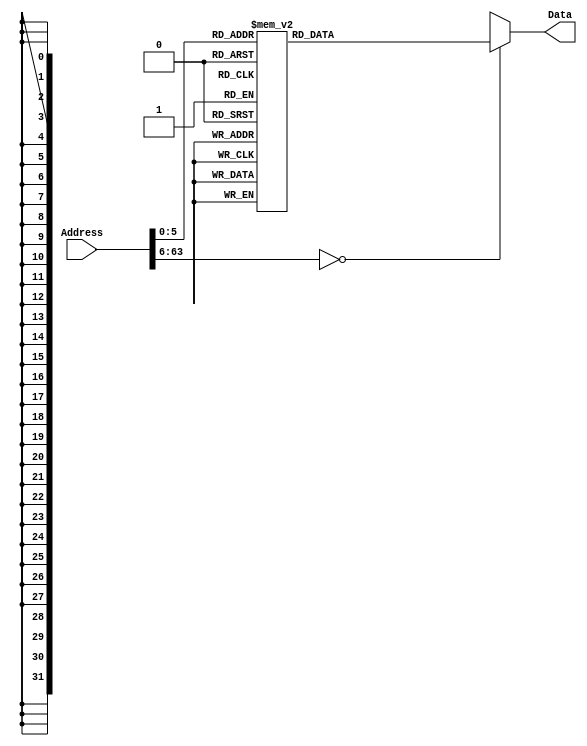
`timescale 1ns / 1ps
/*
 * Module: InstructionMemory
 *
 * Implements read-only instruction memory
 *
 */
module InstructionMemory(Data, Address);
    output [31:0] Data;
    input [63:0]  Address;
    reg [31:0] 	 Data;

    /*
    * ECEN 350 Processor Test Functions
    * Texas A&M University
    */

    always @ (Address) begin
        case(Address)
        /* Test Program 1:
         * Program loads constants from the data memory. Uses these constants to test
         * the following instructions: LDUR, ORR, AND, CBZ, ADD, SUB, STUR and B.
         *
         * Assembly code for test:
         *
         * 0x00: ORR  X20, XZR, XZR     //Create a base memory address
         * 0x04: LDUR X9,  [X20, 0x0]   //Load 1 into x9
         * 0x08: LDUR X10, [X20, 0x8]   //Load a into x10
         * 0x0c: LDUR X11, [X20, 0x10]  //Load 5 into x11
         * 0x10: LDUR X12, [X20, 0x18]  //Load big constant into x12
         * 0x14: LDUR X13, [X20, 0x20]  //load a 0 into X13
         *
         * 0x18: ORR X10, X10, X11  //Create mask of 0xf
         * 0x1c: AND X12, X12, X10  //Mask off low order bits of big constant
         *
         * loop:
         * 0x20: CBZ X12, end  //while X12 is not 0
         * 0x24: ADD X13, X13, X9  //Increment counter in X13
         * 0x28: SUB X12, X12, X9  //Decrement remainder of big constant in X12
         * 0x2c: B loop  //Repeat till X12 is 0
         * 0x30: STUR X13, [X20, 0x20]  //store back the counter value into the memory location 0x20
         * 0x34: LDUR X13, [X20, 0x20]  //One last load to place stored value on memdbus for test checking.
         */

        64'h000: Data = 32'hAA1F03F4;
        64'h004: Data = 32'hF8400289;
        64'h008: Data = 32'hF840828A;
        64'h00c: Data = 32'hF841028B;
        64'h010: Data = 32'hF841828C;
        64'h014: Data = 32'hF842028D;
        64'h018: Data = 32'hAA0B014A;
        64'h01c: Data = 32'h8A0A018C;
        64'h020: Data = 32'hB400008C;
        64'h024: Data = 32'h8B0901AD;
        64'h028: Data = 32'hCB09018C;
        64'h02c: Data = 32'h17FFFFFD;
        64'h030: Data = 32'hF802028D;
        64'h034: Data = 32'hF842028D;


        /* Add code for your tests here */


        default: Data = 32'hXXXXXXXX;
        endcase
    end
endmodule